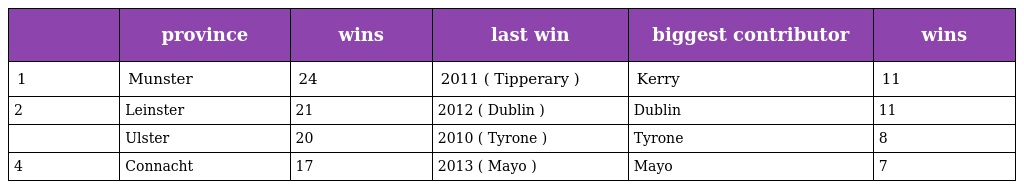
|  | province | wins | last win | biggest contributor | wins |
 | --- | --- | --- | --- | --- | --- |
 | 1 | Munster | 24 | 2011 ( Tipperary ) | Kerry | 11 |
 | 2 | Leinster | 21 | 2012 ( Dublin ) | Dublin | 11 |
 |  | Ulster | 20 | 2010 ( Tyrone ) | Tyrone | 8 |
 | 4 | Connacht | 17 | 2013 ( Mayo ) | Mayo | 7 |